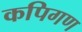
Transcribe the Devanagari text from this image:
कपिगण